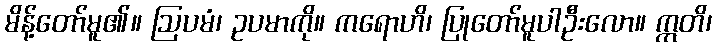
မိန့်တော်မူ၏။ ဩပမံ၊ ဥပမာကို။ ကရောဟိ၊ ပြုတော်မူပါဦးလော။ ဣတိ၊